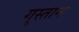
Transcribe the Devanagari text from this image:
गुस्तान